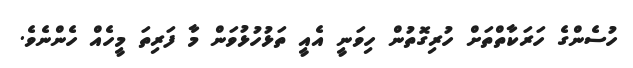
ހުސެންގެ ހަރަކާތްތަށް ހުރިގޮތުން ހިވަނީ އެއީ ތަޅުހުޅުވަން މާ ފަރިތަ މީހެއް ހެންނެވެ.